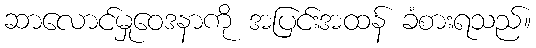
ဆာလောင်မှုဝေဒနာကို အပြင်းအထန် ခံစားရသည်။